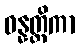
ဓန္နတ္ထိကာ